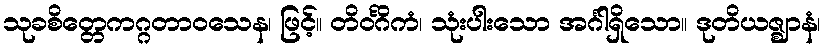
သုခစိတ္တေကဂ္ဂတာဝသေန၊ ဖြင့်။ တိဝင်္ဂိကံ၊ သုံးပါးသော အင်္ဂါရှိသော။ ဒုတိယဇ္ဈာနံ၊